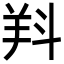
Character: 𣁵